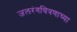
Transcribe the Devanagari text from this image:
जलरंगचित्रणाच्या